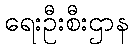
ရေးဦးစီးဌာန